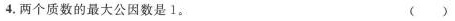
4.两个质数的最大公公因数是1。( )